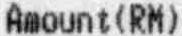
AMOUNT(RM)